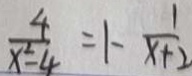
\frac { 4 } { x ^ { 2 } - 4 } = 1 - \frac { 1 } { x + 2 }